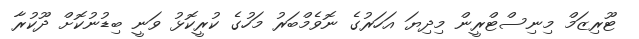
ޓޫރިޒަމް މިނިސްޓްރީން މިދިޔަ އަހަރުގެ ނޮވެމްބަރު މަހުގެ ކުރީކޮޅު ވަނީ ބިޑުނުކޮށް ދޫކުރާ